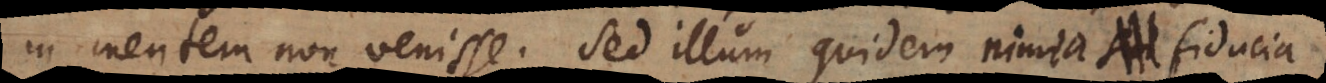
in mentem non venisse. Sed illum quidem nimia fiducia